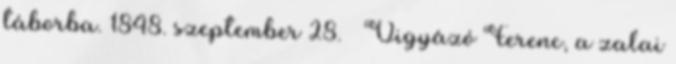
táborba. 1848. szeptember 28. – Vigyázó Ferenc, a zalai